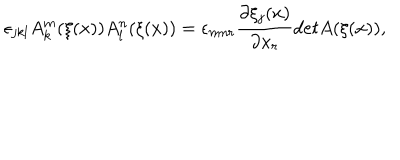
LaTeX: \epsilon _ { j k l } A _ { k } ^ { m } ( \xi ( x ) ) A _ { l } ^ { n } ( \xi ( x ) ) = \epsilon _ { m n r } \frac { \partial \xi _ { j } ( x ) } { \partial x _ { r } } d e t A ( \xi ( x ) ) ,